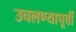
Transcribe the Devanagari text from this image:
उचलण्यापूर्वी